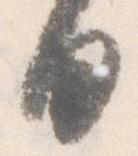
日